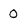
Character: o